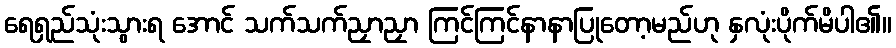
ရေရှည်သုံးသွားရ အောင် သက်သက်ညှာညှာ ကြင်ကြင်နာနာပြုတော့မည်ဟု နှလုံးပိုက်မိပါ၏။